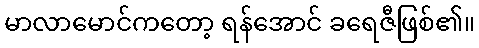
မာလာမောင်ကတော့ ရန်အောင် ခရေဇီဖြစ်၏။